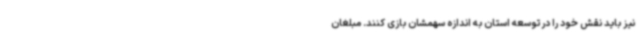
نیز باید نقش خود را در توسعه استان به اندازه سهمشان بازی کنند. مبلغان